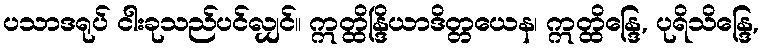
ပသာဒရုပ် ငါးခုသည်ပင်လျှင်။ ဣတ္ထိန္ဒြိယာဒိတ္တယေန၊ ဣတ္ထိန္ဒြေ, ပုရိသိန္ဒြေ,